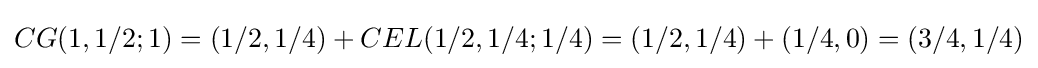
CG(1,1/2;1)=(1/2,1/4)+CEL(1/2,1/4;1/4)=(1/2,1/4)+(1/4,0)=(3/4,1/4)